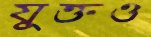
যুক্তও